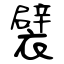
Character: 襞